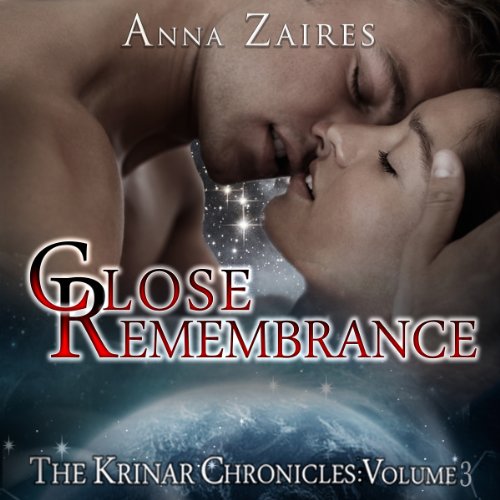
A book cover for Close Remembrance: The Krinar Chronicles: Volume 3; Anna Zaires; Romance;